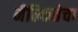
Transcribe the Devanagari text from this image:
नैतिकतेचा